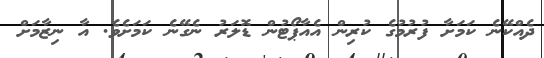
ދެއްކޭނެ ކަމަށާ ފުރުމުގެ ކުރިން އެއާޕޯޓުން ޑޮލަރު ނެގޭނެ ކަމަށެވެ. އާ ނިޒާމަށް